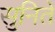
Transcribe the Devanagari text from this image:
सुनिते